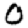
Digit: 0